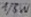
Text: 1/8W